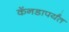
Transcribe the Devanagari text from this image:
कॅनडापर्यंत